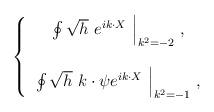
\begin{align*}\left\{\begin{array}{c}\left.\oint \sqrt{h}\ e^{ik\cdot X}\ \right|_{k^2=-2}\, , \\\\\left. \oint \sqrt{h}\ k\cdot\psi e^{i k\cdot X}\ \right|_{k^2 =-1}\, ,\\\end{array}\right.\end{align*}